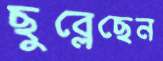
ছুব্‌লেছেন